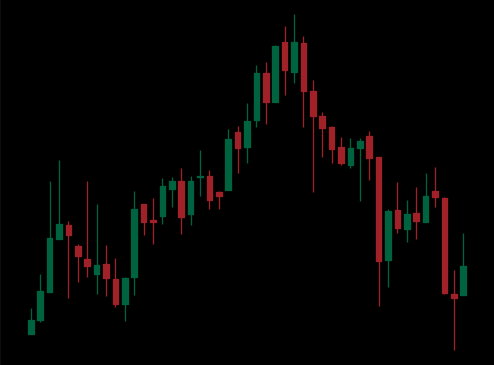
Pattern: head_shoulders